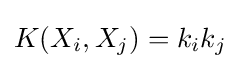
K(X_{i},X_{j})=k_{i}k_{j}